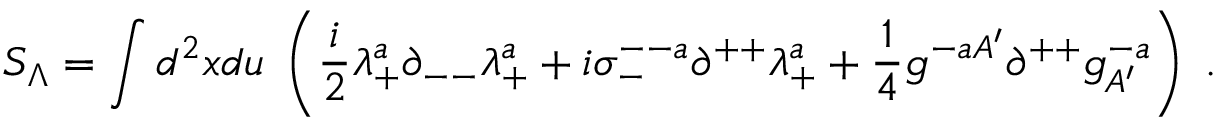
S _ { \Lambda } = \int d ^ { 2 } x d u \; \left( { \frac { i } { 2 } } \lambda _ { + } ^ { a } \partial _ { -- } \lambda _ { + } ^ { a } + i \sigma _ { - } ^ { -- a } \partial ^ { + + } \lambda _ { + } ^ { a } + { \frac { 1 } { 4 } } g ^ { - a A ^ { \prime } } \partial ^ { + + } g _ { A ^ { \prime } } ^ { - a } \right) \; .